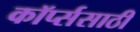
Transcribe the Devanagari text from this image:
कॉर्प्ससाठी